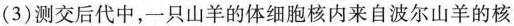
(3) 测交后代中，一只山羊的体细胞核内来自波尔山羊的核